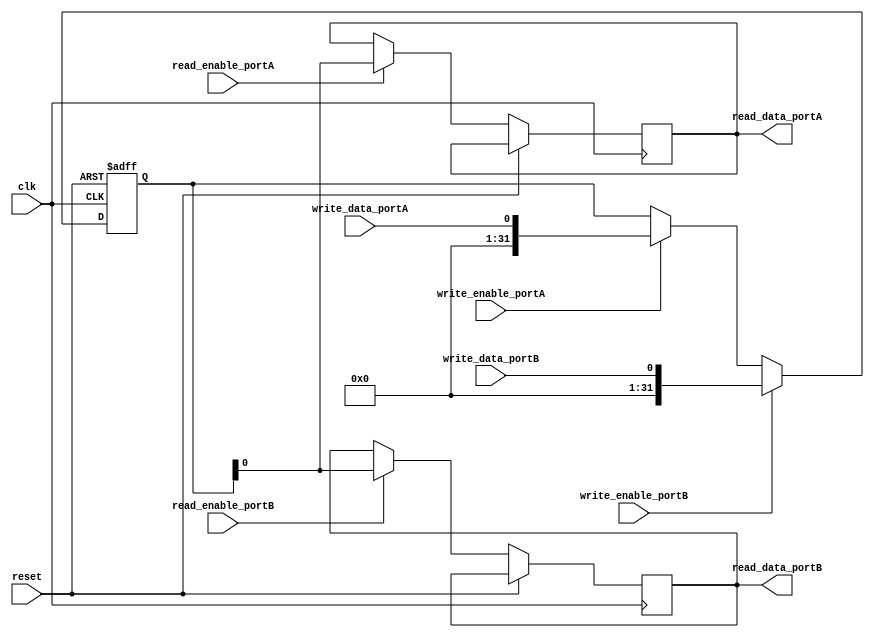
module DualPortRegister (
    input wire clk,
    input wire reset,
    input wire write_enable_portA,
    input wire write_data_portA,
    output reg read_data_portA,
    input wire read_enable_portA,
    input wire write_enable_portB,
    input wire write_data_portB,
    output reg read_data_portB,
    input wire read_enable_portB
);

reg [31:0] data_storage;

always @(posedge clk or posedge reset) begin
    if (reset) begin
        data_storage <= 32'd0;
    end else begin
        if (write_enable_portA) begin
            data_storage <= write_data_portA;
        end
        if (read_enable_portA) begin
            read_data_portA <= data_storage;
        end
        if (write_enable_portB) begin
            data_storage <= write_data_portB;
        end
        if (read_enable_portB) begin
            read_data_portB <= data_storage;
        end
    end
end

endmodule